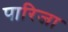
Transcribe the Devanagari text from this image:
पारिजा